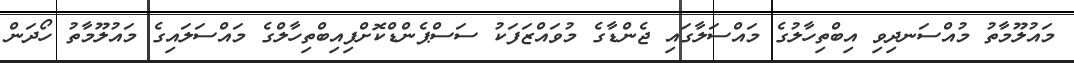
މައުލޫމާތު މުއްސަނދިވި އިބްތިހާލުގެ މައްސަލާގައި ޖެންޑާގެ މުވައްޒަފަކު ސަސްޕެންޑްކޮށްފިއިބްތިހާލްގެ މައްސަލައިގެ މައުލޫމާތު ހޯދަން